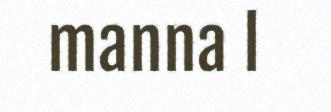
manna l